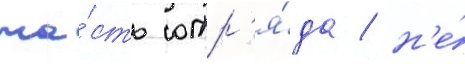
ча́сть отр'я́да / н'е́